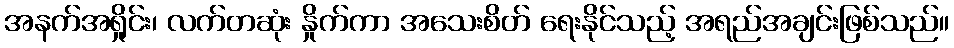
အနက်အရှိုင်း၊ လက်တဆုံး နှိုက်ကာ အသေးစိတ် ရေးနိုင်သည့် အရည်အချင်းဖြစ်သည်။